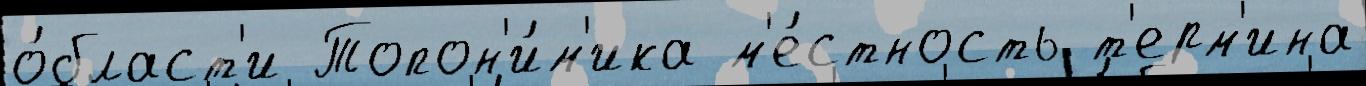
о́бласт'и Топон'и́м'ика м'е́стность т'ерм'ина